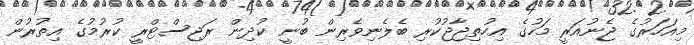
މިއަހަރުގެ ޖެނުއަރީ މަހުގެ އިހުތިޖާޖުކުރި ބެލެނިވެރިން ބުނީ ކުދިން ރަޖިސްޓްރީ ކުރުމުގެ އިތުރުން